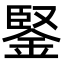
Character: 鋻